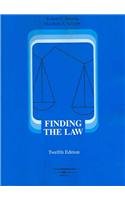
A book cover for Finding the Law, 12th Edition (American Casebooks); Robert Berring; Law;